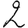
Digit: 2